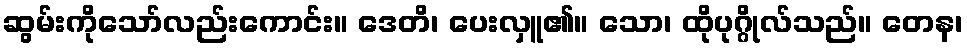
ဆွမ်းကိုသော်လည်းကောင်း။ ဒေတိ၊ ပေးလှူ၏။ သော၊ ထိုပုဂ္ဂိုလ်သည်။ တေန၊